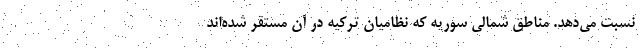
نسبت می‌دهد. مناطق شمالی سوریه که نظامیان ترکیه در آن مستقر شده‌اند